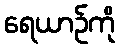
ရေယာဉ်ကို